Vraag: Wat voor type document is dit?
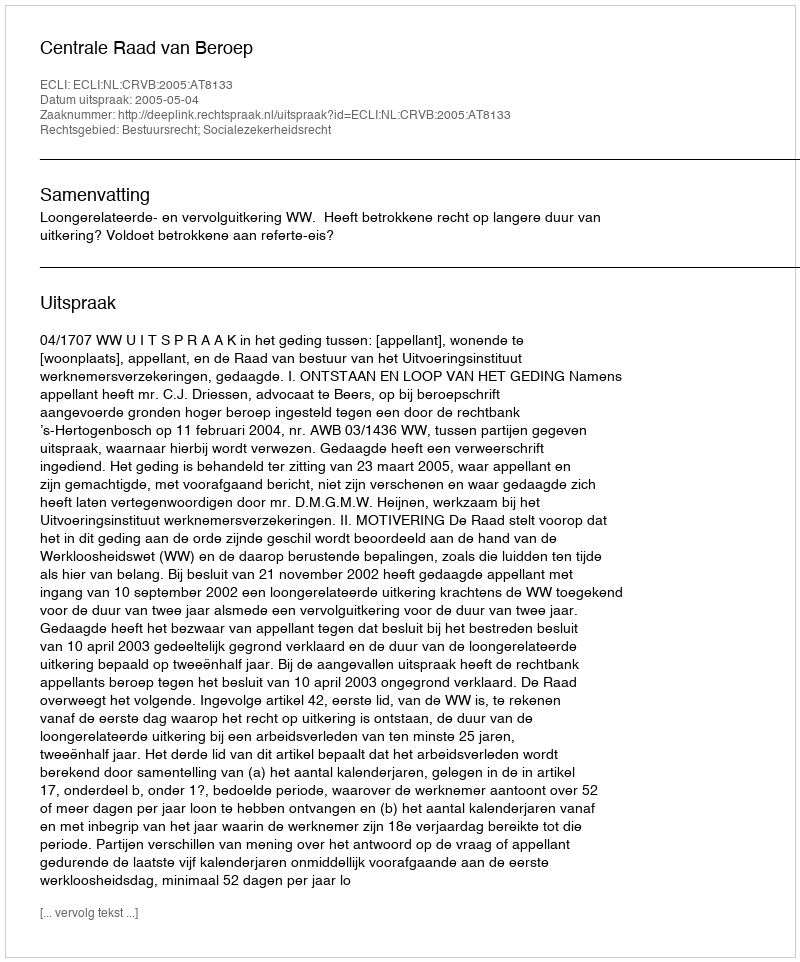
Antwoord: Uitspraak